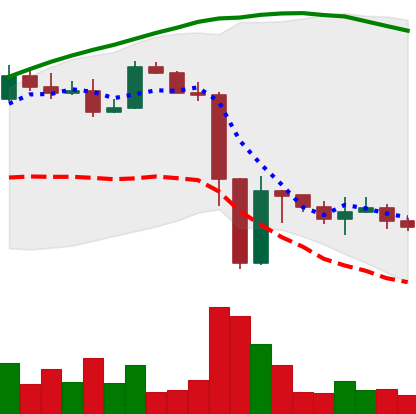
Ticker: ETH-USD
Chart end date: 2022-11-17
Forward return: -5.466%
Label: down_5_7